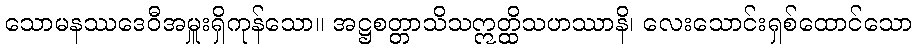
သောမနဿဒေဝီအမှူးရှိကုန်သော။ အဋ္ဌစတ္တာသိသဣတ္ထိသဟဿာနိ၊ လေးသောင်းရှစ်ထောင်သော